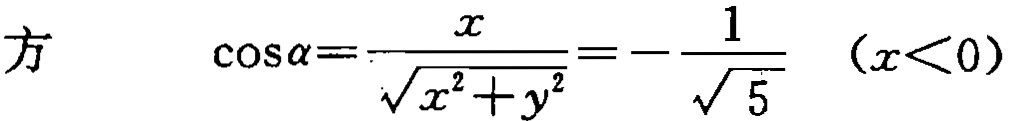
方 \(\cos\alpha=\frac{x}{\sqrt{x^{2}+y^{2}}}=-\frac{1}{\sqrt{5}}\) （\(x<0\)）